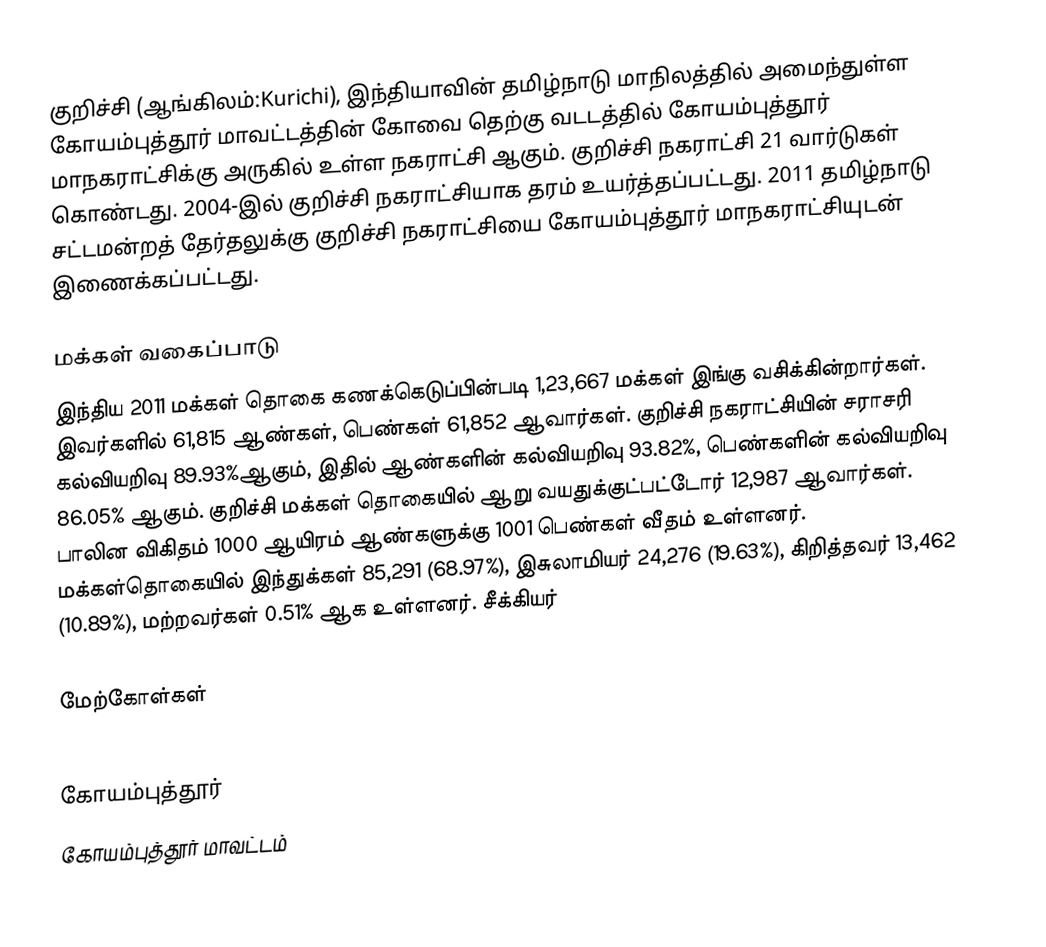
குறிச்சி (ஆங்கிலம்:Kurichi), இந்தியாவின் தமிழ்நாடு மாநிலத்தில் அமைந்துள்ள கோயம்புத்தூர் மாவட்டத்தின்  கோவை தெற்கு வடடத்தில் கோயம்புத்தூர் மாநகராட்சிக்கு அருகில் உள்ள நகராட்சி ஆகும். குறிச்சி நகராட்சி 21 வார்டுகள் கொண்டது.  2004-இல் குறிச்சி நகராட்சியாக தரம் உயர்த்தப்பட்டது. 2011 தமிழ்நாடு சட்டமன்றத் தேர்தலுக்கு குறிச்சி நகராட்சியை கோயம்புத்தூர் மாநகராட்சியுடன் இணைக்கப்பட்டது.

மக்கள் வகைப்பாடு
இந்திய 2011 மக்கள் தொகை கணக்கெடுப்பின்படி 1,23,667  மக்கள் இங்கு வசிக்கின்றார்கள். இவர்களில் 61,815 ஆண்கள்,  பெண்கள் 61,852 ஆவார்கள். குறிச்சி நகராட்சியின் சராசரி கல்வியறிவு 89.93%ஆகும்,  இதில் ஆண்களின் கல்வியறிவு 93.82%,  பெண்களின் கல்வியறிவு 86.05% ஆகும்.  குறிச்சி மக்கள் தொகையில்  ஆறு வயதுக்குட்பட்டோர் 12,987 ஆவார்கள். பாலின விகிதம் 1000 ஆயிரம் ஆண்களுக்கு 1001 பெண்கள் வீதம் உள்ளனர். மக்கள்தொகையில் இந்துக்கள் 85,291 (68.97%), இசுலாமியர்	24,276	(19.63%), கிறித்தவர் 13,462 (10.89%), மற்றவர்கள் 0.51% ஆக உள்ளனர். சீக்கியர்

மேற்கோள்கள்

கோயம்புத்தூர்
கோயம்புத்தூர் மாவட்டம்